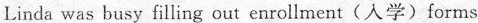
Linda was busy filling out enrollment(入学)forms